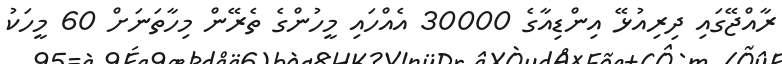
ރާއްޖޭގައި ދިރިއުޅޭ އިންޑިއާގެ 30000 އެއްހައި މީހުންގެ ތެރޭން މިހާތަނަށް 60 މީހަކު